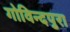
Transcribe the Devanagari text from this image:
गोविन्दपुरा